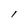
Character: I